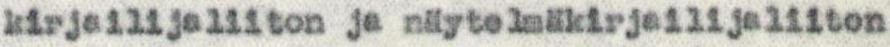
kirjailijaliiton ja näytelmäkirjailijaliiton